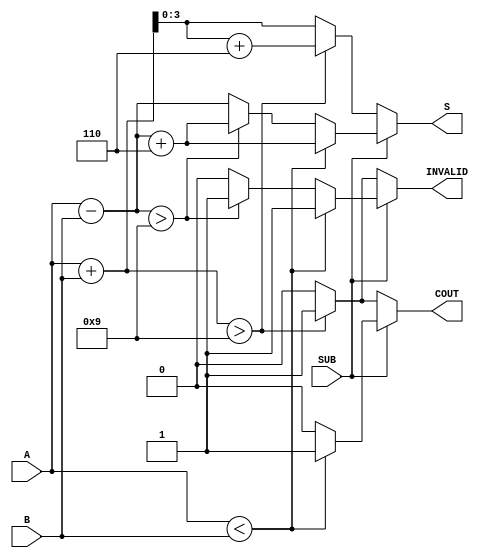
module BCD_Add_Subtracter (
    input  wire [3:0] A,        // First BCD digit
    input  wire [3:0] B,        // Second BCD digit
    input  wire SUB,            // Control signal (1 for subtraction, 0 for addition)
    output reg  [3:0] S,        // Resulting BCD digit
    output reg  COUT,           // Carry-out flag
    output reg  INVALID         // Invalid BCD flag
);

    wire [4:0] sum;             // 5-bit sum for addition
    wire [4:0] diff;            // 5-bit difference for subtraction
    wire [3:0] corrected_sum;   // Corrected sum if needed
    wire [3:0] corrected_diff;  // Corrected difference if needed

    // Perform addition
    assign sum = A + B;         // Calculate sum
    assign corrected_sum = sum + 4'b0110; // Add 6 for BCD correction if needed

    // Perform subtraction
    assign diff = A - B;        // Calculate difference
    assign corrected_diff = diff + 4'b0110; // Add 6 for BCD correction if needed

    always @(*) begin
        // Default outputs
        S = 4'b0000;
        COUT = 1'b0;
        INVALID = 1'b0;

        if (SUB == 1'b0) begin
            // Addition operation
            if (sum > 4'b1001) begin
                S = corrected_sum[3:0]; // Corrected sum
                COUT = 1'b1;             // Carry out
                INVALID = 1'b1;          // Invalid BCD
            end else begin
                S = sum[3:0];            // Valid sum
                COUT = 1'b0;             // No carry out
            end
        end else begin
            // Subtraction operation
            if (A < B) begin
                S = corrected_diff[3:0]; // Corrected difference
                COUT = 1'b1;             // Borrow occurred
                INVALID = 1'b1;          // Invalid BCD
            end else begin
                S = diff[3:0];           // Valid difference
                if (S > 4'b1001) begin
                    S = corrected_diff[3:0]; // Corrected difference
                    INVALID = 1'b1;          // Invalid BCD
                end
            end
        end
    end
endmodule